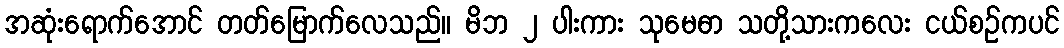
အဆုံးရောက်အောင် တတ်မြောက်လေသည်။ မိဘ ၂ ပါးကား သုမေဓာ သတို့သားကလေး ငယ်စဉ်ကပင်